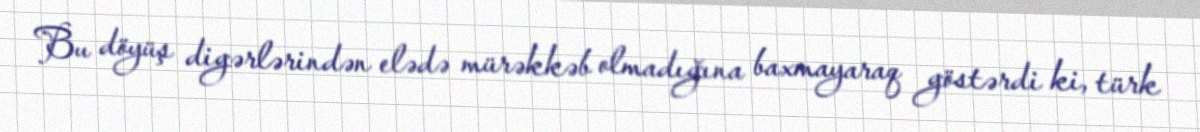
Bu döyüş digərlərindən elədə mürəkkəb olmadığına baxmayaraq göstərdi ki, türk